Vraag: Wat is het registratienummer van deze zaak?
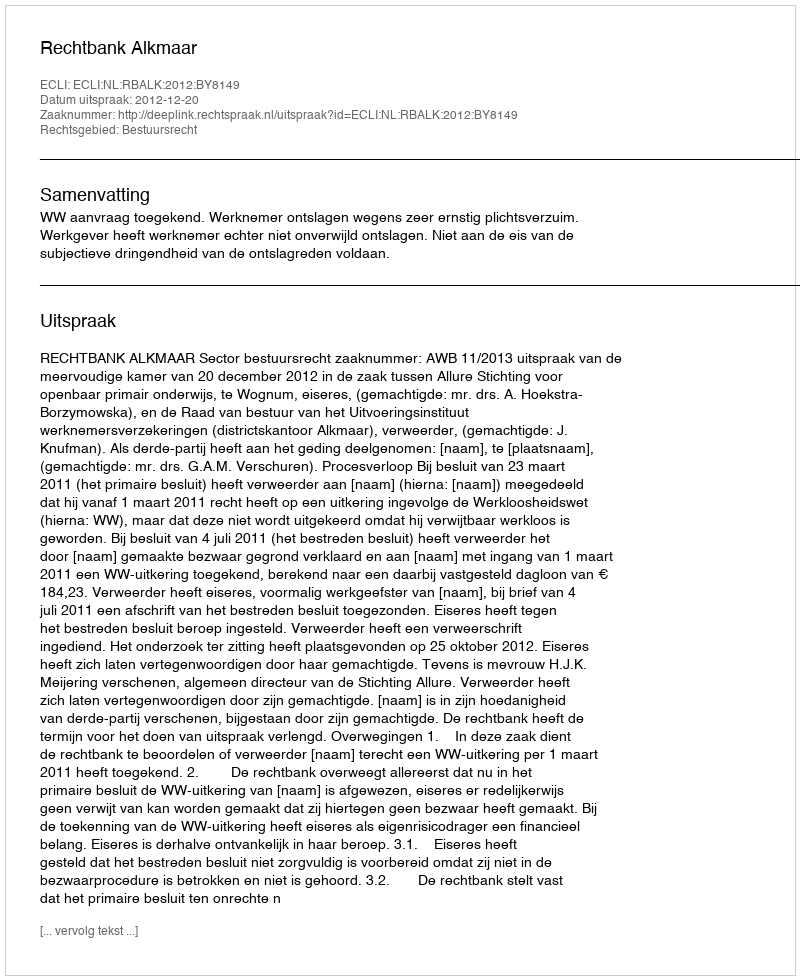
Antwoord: http://deeplink.rechtspraak.nl/uitspraak?id=ECLI:NL:RBALK:2012:BY8149